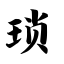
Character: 琐